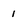
Character: 1